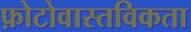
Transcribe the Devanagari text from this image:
फ़ोटोवास्तविकता